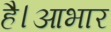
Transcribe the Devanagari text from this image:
है।आभार